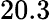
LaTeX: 20.3